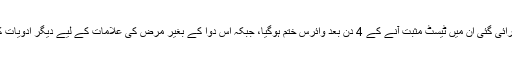
رپورٹ کے مطابق جن مریضوں کو شینزن میں یہ دوا استعمال کرائی گئی ان میں ٹیسٹ مثبت آنے کے 4 دن بعد وائرس ختم ہوگیا، جبکہ اس دوا کے بغیر مرض کی علامات کے لیے دیگر ادویات کے استعمال سے صحت یابی میں اوسطاً 11 دن درکار ہوتے ہیں۔